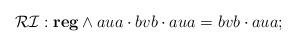
LaTeX: \begin{align*}\mathcal{RI}: \textbf{reg} \wedge aua\cdot bvb\cdot aua = bvb\cdot aua;\end{align*}